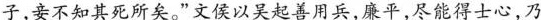
子，妾不知其死所矣。”文侯以吴起善用兵，廉平，尽能得士心，乃